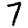
Digit: 7